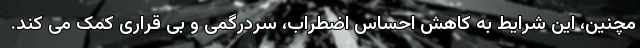
مچنین، این شرایط به کاهش احساس اضطراب، سردرگمی و بی قراری کمک می کند.